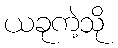
ယခုကဲ့သို